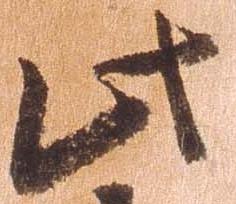
此